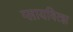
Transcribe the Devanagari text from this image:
ग्लायवित्झ